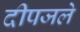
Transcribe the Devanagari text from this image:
दीपजले